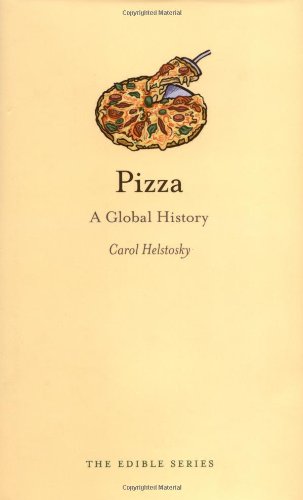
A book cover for Pizza: A Global History (Reaktion Books - Edible); Carol Helstosky; Cookbooks, Food & Wine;